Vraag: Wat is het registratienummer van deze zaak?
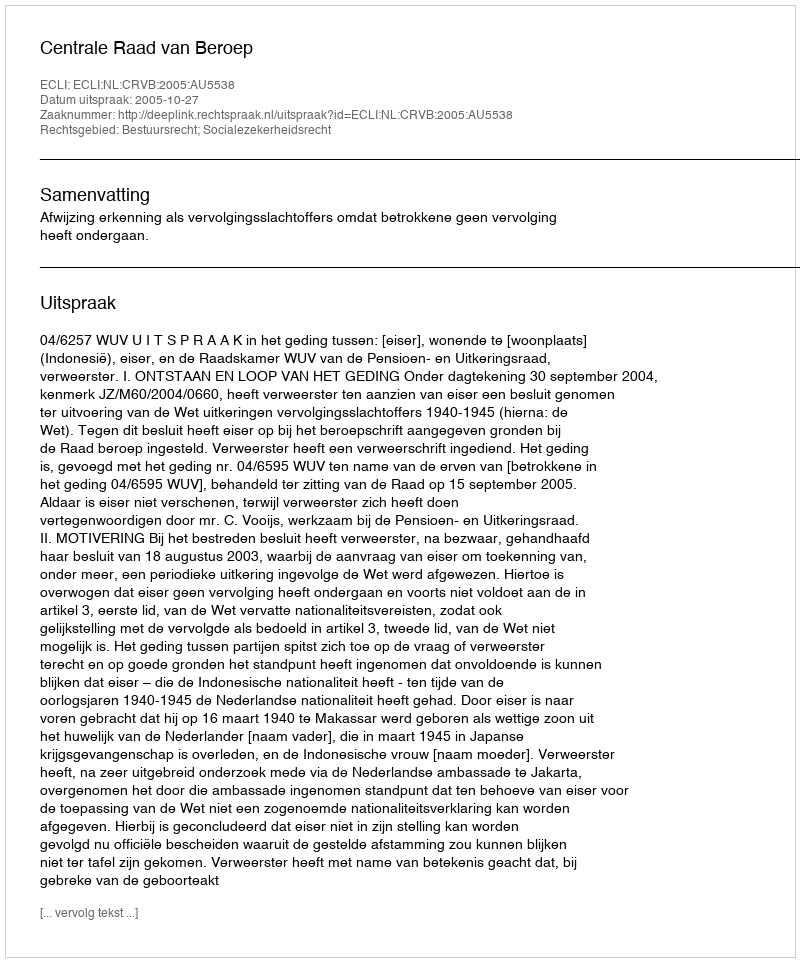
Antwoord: http://deeplink.rechtspraak.nl/uitspraak?id=ECLI:NL:CRVB:2005:AU5538